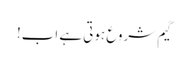
گیم شروع ہوتی ہے اب!